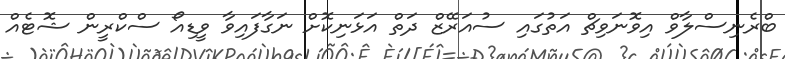
ބްރެނިސްލާވް އިވޮނަވިޗް އަތުގައި ސުއަރޭޒް ދަތް އަޅަނިކޮށް ނަގާފައިވާ ވީޑިއޯ ސްކްރީން ޝޮޓެއް